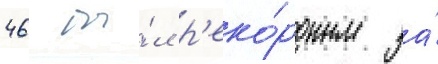
46 бы́л р'еко́рдным за́